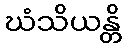
ဃံသိယန္တိ